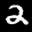
Label: 2